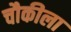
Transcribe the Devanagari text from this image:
चौकीला